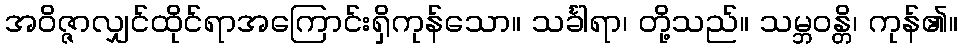
အဝိဇ္ဇာလျှင်ထိုင်ရာအကြောင်းရှိကုန်သော။ သင်္ခါရာ၊ တို့သည်။ သမ္ဘဝန္တိ၊ ကုန်၏။